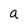
Character: a